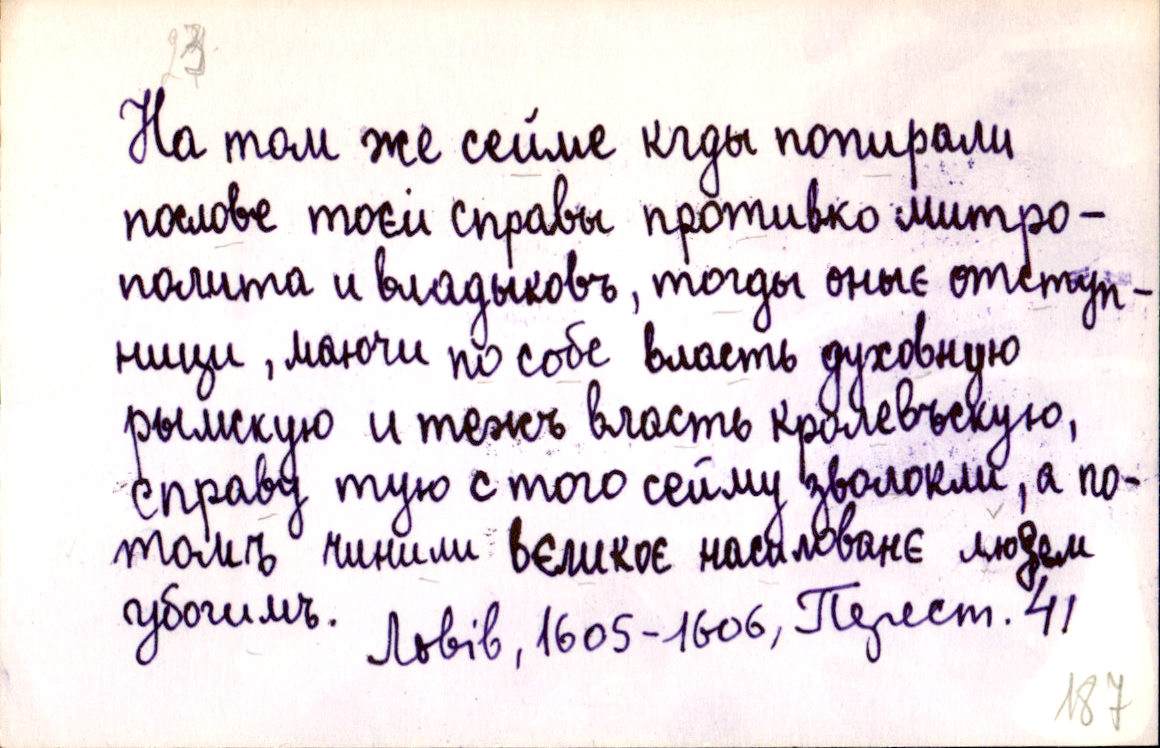
На том же сейме кгды попирали
послове тоєи справы противко митро-
полита и владыковъ, тогды оныє отступ-
ници, маючи по собе власть духовную
рымскую и тежъ власть кролевъскую,
справу тую с того сейму зволокли, а по-
томъ чинили вєликоє насилованє людем
убогимъ. 
Львів, 1605-1606, Перест. 41